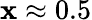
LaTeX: \mathbf{x}\approx0.5